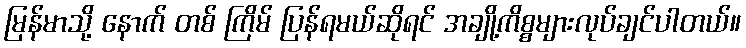
မြန်မာသို့ နောက် တစ် ကြိမ် ပြန်ရမယ်ဆိုရင် အချို့ကိစ္စများလုပ်ချင်ပါတယ်။